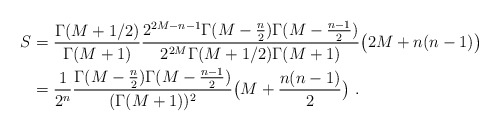
\begin{align*} S&=\frac{\Gamma(M+1/2)}{\Gamma(M+1)} \frac{2^{2M-n-1} \Gamma(M-\frac n2) \Gamma(M-\frac{n-1}2)}{2^{2M} \Gamma(M+1/2)\Gamma(M+1)} \bigl(2M+n(n-1)\bigr)\\ &=\frac 1{2^{n}} \frac{\Gamma(M-\frac n2) \Gamma(M-\frac{n-1}2)} {(\Gamma(M+1))^2}\bigl(M+\frac{n(n-1)}2\bigr)\ .\end{align*}